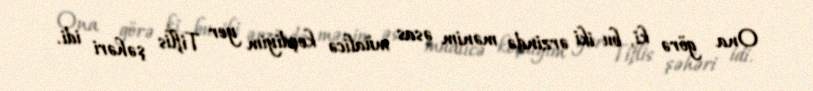
Ona görə ki, bu iki ərzində mənim əsas müalicə keçdiyim yer Tiflis şəhəri idi.